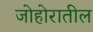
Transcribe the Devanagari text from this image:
जोहोरातील